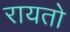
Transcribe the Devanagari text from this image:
रायतो